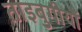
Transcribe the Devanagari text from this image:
ताइबुगीयों